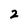
Character: 2